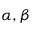
\alpha , \beta